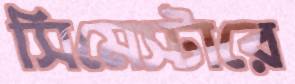
সিমেস্টারে